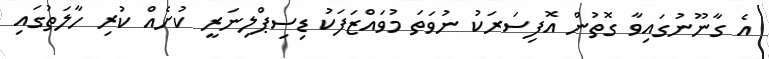
އެ ގާނޫނުގައިވާ ގޮތުން އޮފިސަރަކު ނުވަތަ މުވައްޒަފަކު ޑިސިޕްލިނަރީ ކުށެއް ކުރި ހާލަތުގައި